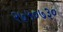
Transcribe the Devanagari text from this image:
२७५०७३०